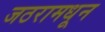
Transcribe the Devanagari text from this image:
जठरामधून